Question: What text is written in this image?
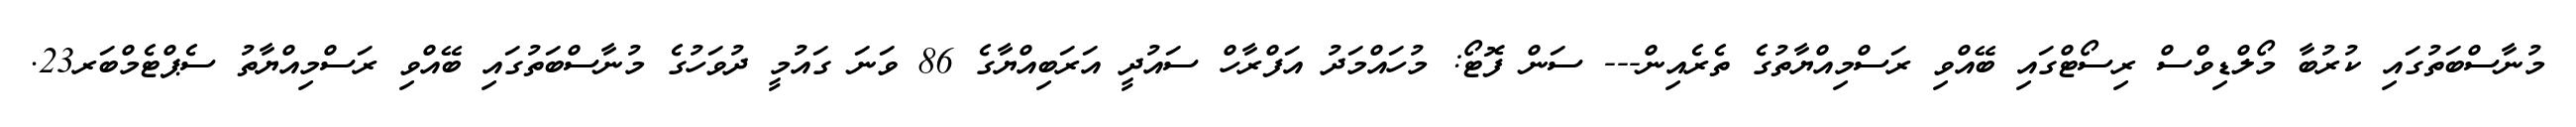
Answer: މުނާސްބަތުގައި ކުރުބާ މޯލްޑިވްސް ރިސޯޓްގައި ބޭއްވި ރަސްމިއްޔާތުގެ ތެރެއިން--- ސަން ފޮޓޯ: މުހައްމަދު އަފްރާހް ސައުދީ އަރަބިއްޔާގެ 86 ވަނަ ގައުމީ ދުވަހުގެ މުނާސްބަތުގައި ބޭއްވި ރަސްމިއްޔާތު ސެޕްޓެމްބަރ23.